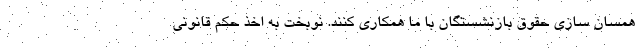
همسان سازی حقوق بازنشستگان با ما همکاری کنند. نوبخت به اخذ حکم قانونی